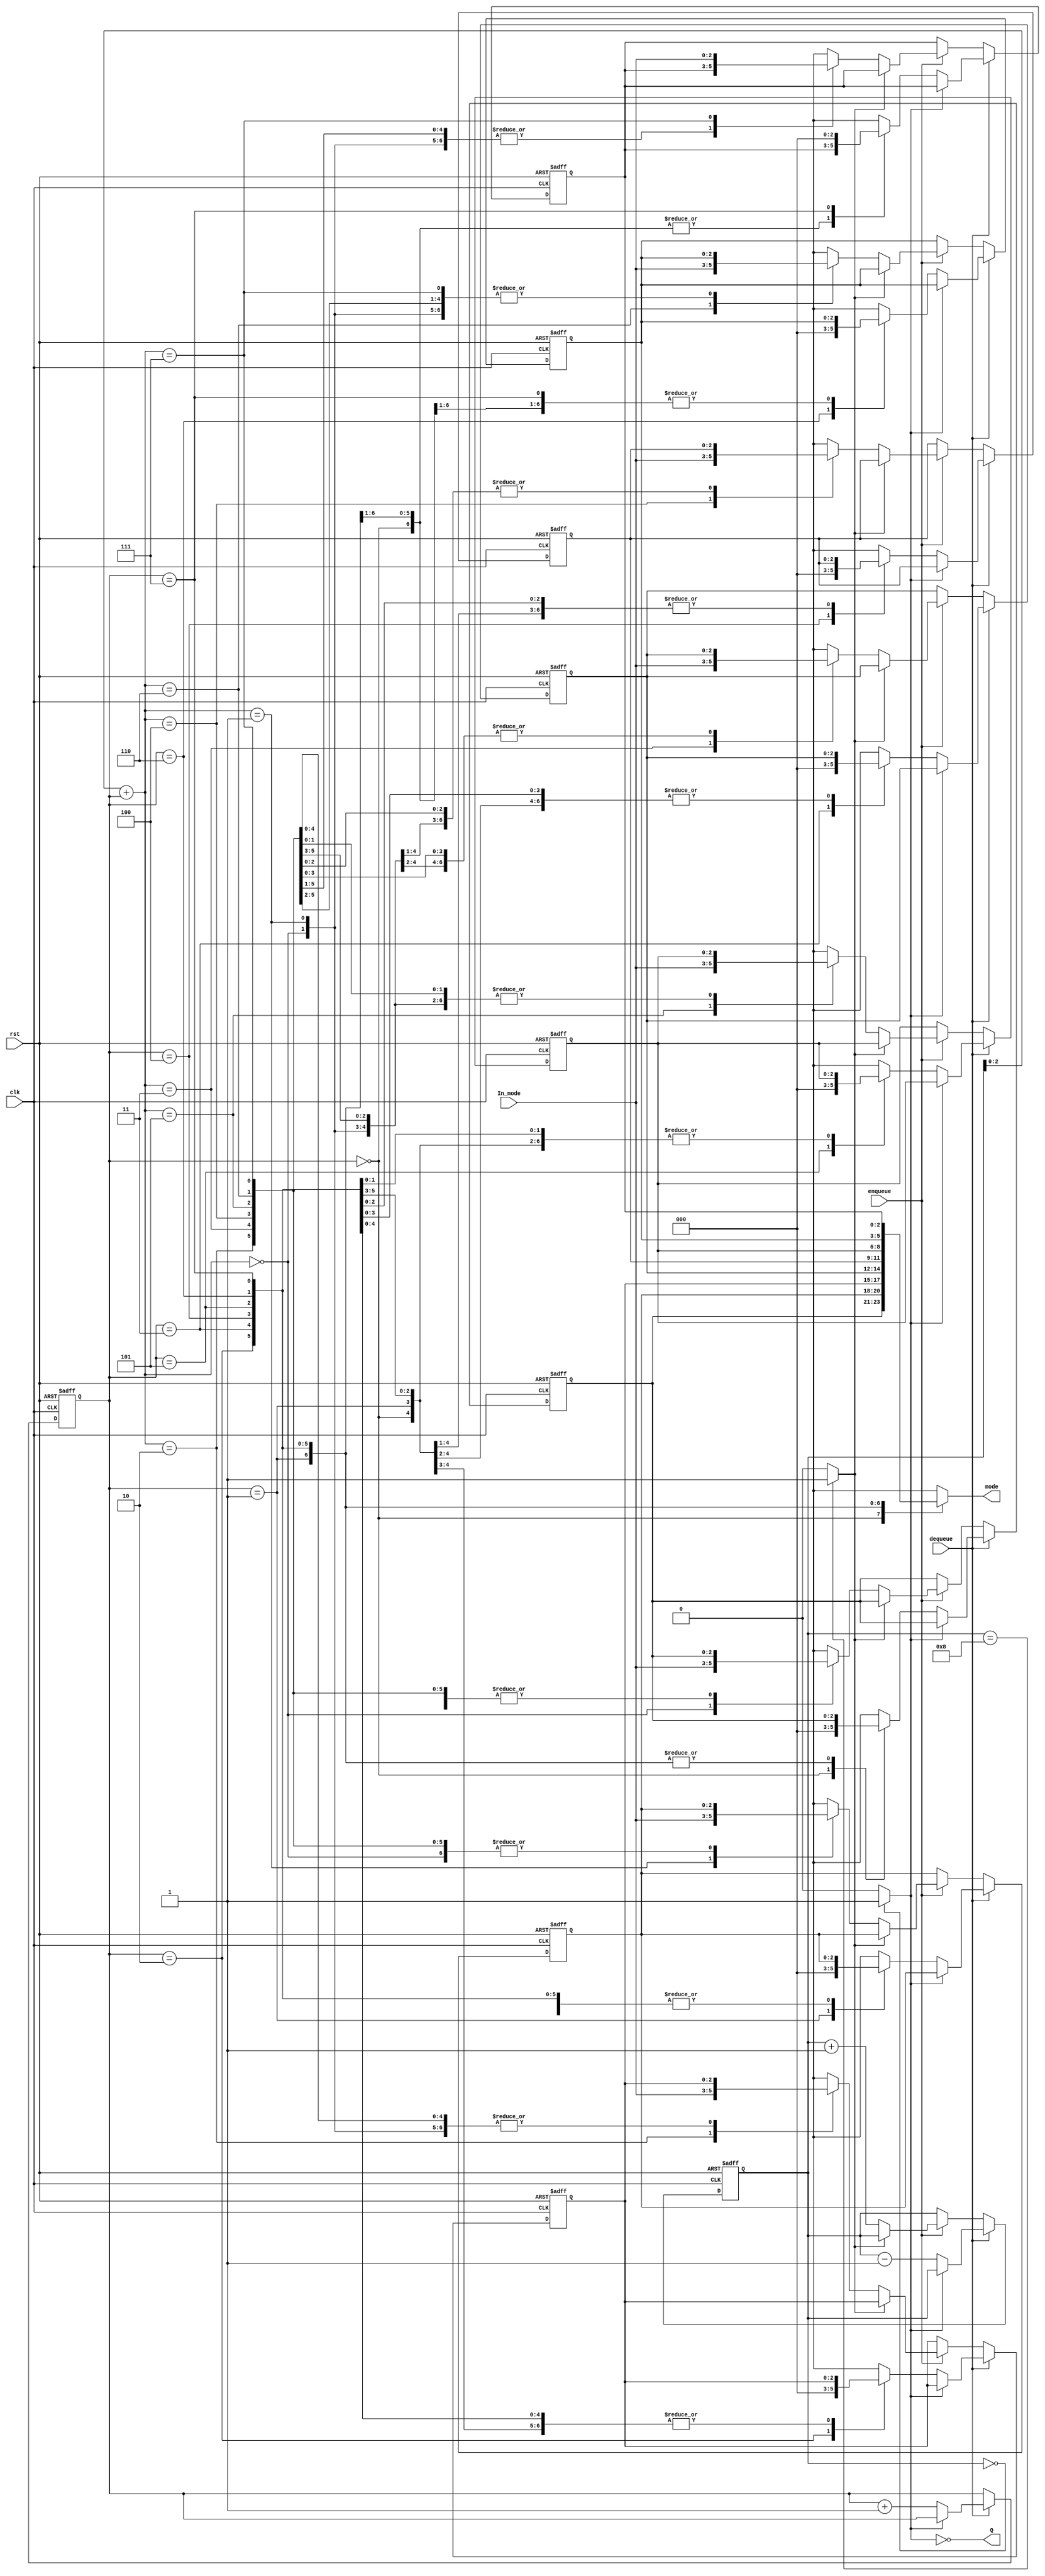
`timescale 1ns / 1ps
//////////////////////////////////////////////////////////////////////////////////
// Company: 
// Engineer: 
// 
// Design Name: 
// Module Name: Evaluate_Interrupt
// Project Name: 
// Target Devices: 
// Tool Versions: 
// Description: 
// 
// Dependencies: 
// 
// Revision:
// Revision 0.01 - File Created
// Additional Comments:
// 
//////////////////////////////////////////////////////////////////////////////////


module Evaluate_Interrupt(
    input clk,rst,dequeue,enqueue,
    input [2:0]In_mode,
    output Q,
    output [2:0] mode
    );
    
    reg [3:0]count; 
    reg [2:0]I_modes[7:0];  
    wire full,empty;
    reg [2:0]head,dir;
    assign full = (count == 8)? 1:0;
    assign empty = (count ==0)? 1:0;
    assign Q = ~empty;
    assign mode = I_modes[head];
    always @ (posedge clk or posedge rst)
    begin
        if (rst)
        begin
            I_modes[0]=3'b000;
            I_modes[1]=3'b000;
            I_modes[2]=3'b000;
            I_modes[3]=3'b000;
            I_modes[4]=3'b000;
            I_modes[5]=3'b000;
            I_modes[6]=3'b000;
            I_modes[7]=3'b000;
            count=0;
            head=0;
        end
        else 
        begin
            if (dequeue)
            begin
                if (~empty)
                begin
                    count =count -1;
                    I_modes[head]=3'b000;
                    head=head+1;
                end
            end
            else if (enqueue)
            begin
                if (~full)
                begin
                    dir=count+head;
                    I_modes[dir]=In_mode;
                    count=count+1;
                end
            end
        end
    end
endmodule